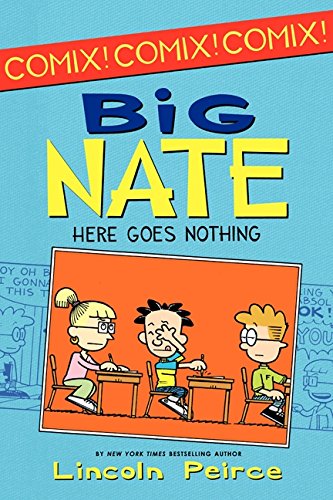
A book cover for Big Nate: Here Goes Nothing (Big Nate Comix); Lincoln Peirce; Children's Books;